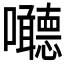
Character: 𱕱